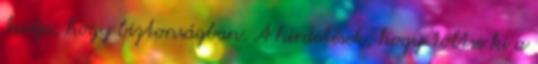
tudja, hogy biztonságban. A hirdetések, hogy töltse ki a